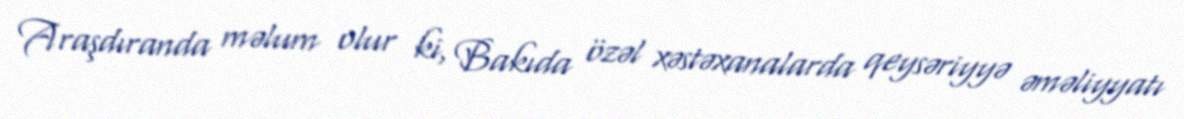
Araşdıranda məlum olur ki, Bakıda özəl xəstəxanalarda qeysəriyyə əməliyyatı